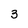
Character: 3